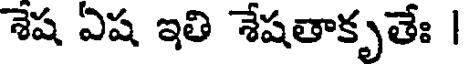
శేష ఏష ఇతి శేషతాకృతేః |